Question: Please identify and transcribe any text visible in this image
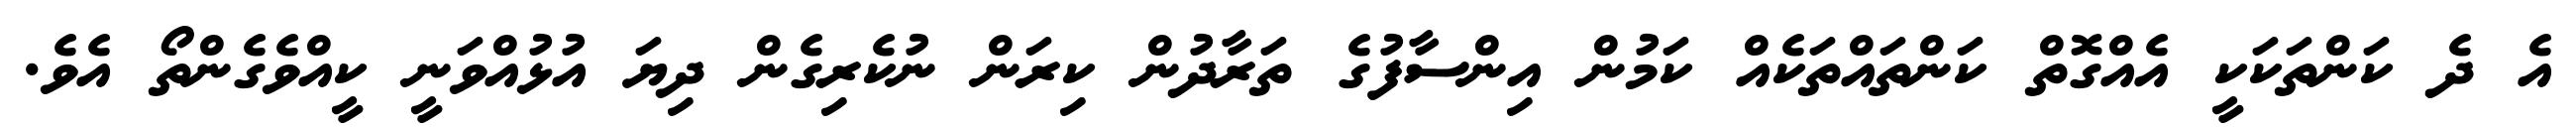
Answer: އެ ދެ ކަންތަކަކީ އެއްގޮތް ކަންތައްތަކެއް ކަމުން އިންސާފުގެ ތަރާދުން ކިރަން ނުކެރިގެން ދިޔަ އުޅުއްވަނީ ކީއްވެގެންތޯ އެވެ.